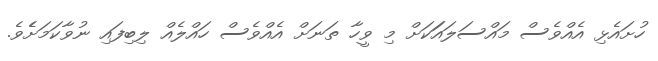
ހުށައެޅި އެއްވެސް މައްސަލައަަކަށް މި ވީހާ ތަނަށް އެއްވެސް ހައްލެއް ލިބިފައި ނުވާކަމަށެެވެ.